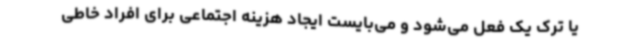
یا ترک یک فعل می‌شود و می‌بایست ایجاد هزینه اجتماعی برای افراد خاطی